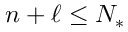
n + \ell \leq N _ { * }